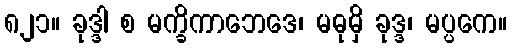
၈၂၁။ ခုဒ္ဒါ စ မက္ခိကာဘေဒေ၊ မဓုမှိ ခုဒ္ဒ၊ မပ္ပကေ။